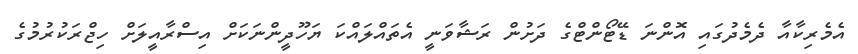
އެމެރިކާއާ ދެމެދުގައި އޮންނަ ޑޭޓޯންޓްގެ ދަށުން ރަޝާވަނީ އެތައްލައްކަ ޔަހޫދީންނަކަށް އިސްރާއީލަށް ހިޖްރަކުރުމުގެ